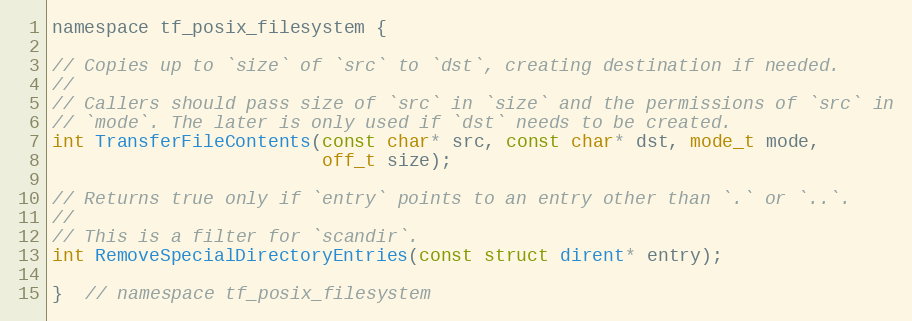
Language: C
namespace tf_posix_filesystem {

// Copies up to `size` of `src` to `dst`, creating destination if needed.
//
// Callers should pass size of `src` in `size` and the permissions of `src` in
// `mode`. The later is only used if `dst` needs to be created.
int TransferFileContents(const char* src, const char* dst, mode_t mode,
                         off_t size);

// Returns true only if `entry` points to an entry other than `.` or `..`.
//
// This is a filter for `scandir`.
int RemoveSpecialDirectoryEntries(const struct dirent* entry);

}  // namespace tf_posix_filesystem